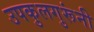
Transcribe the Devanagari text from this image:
उपकुलगुरूंनी